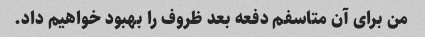
من برای آن متاسفم دفعه بعد ظروف را بهبود خواهیم داد.